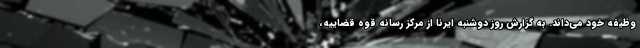
وظیفه خود می‌داند. به گزارش روز دوشنبه ایرنا از مرکز رسانه قوه قضاییه،